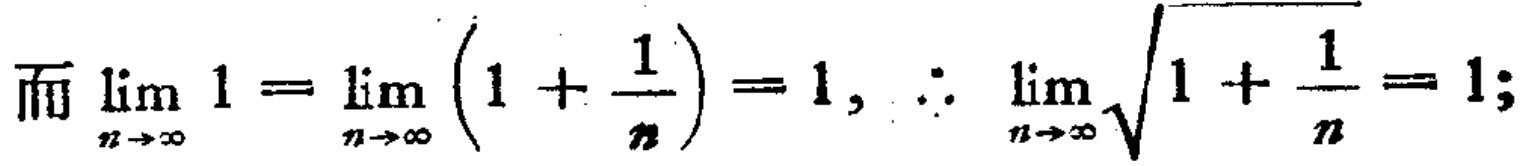
而 $\lim_{n \to \infty} 1 = \lim_{n \to \infty} \left(1 + \frac{1}{n}\right) = 1, \therefore \lim_{n \to \infty} \sqrt{1 + \frac{1}{n}} = 1;$